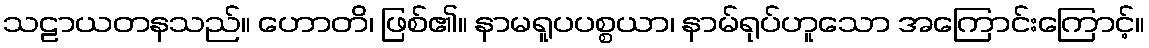
သဠာယတနသည်။ ဟောတိ၊ ဖြစ်၏။ နာမရူပပစ္စယာ၊ နာမ်ရုပ်ဟူသော အကြောင်းကြောင့်။